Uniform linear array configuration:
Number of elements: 24
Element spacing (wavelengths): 0.75
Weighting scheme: binomial
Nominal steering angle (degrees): -15
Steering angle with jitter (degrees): -15.473
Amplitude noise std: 0.05
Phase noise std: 0.05

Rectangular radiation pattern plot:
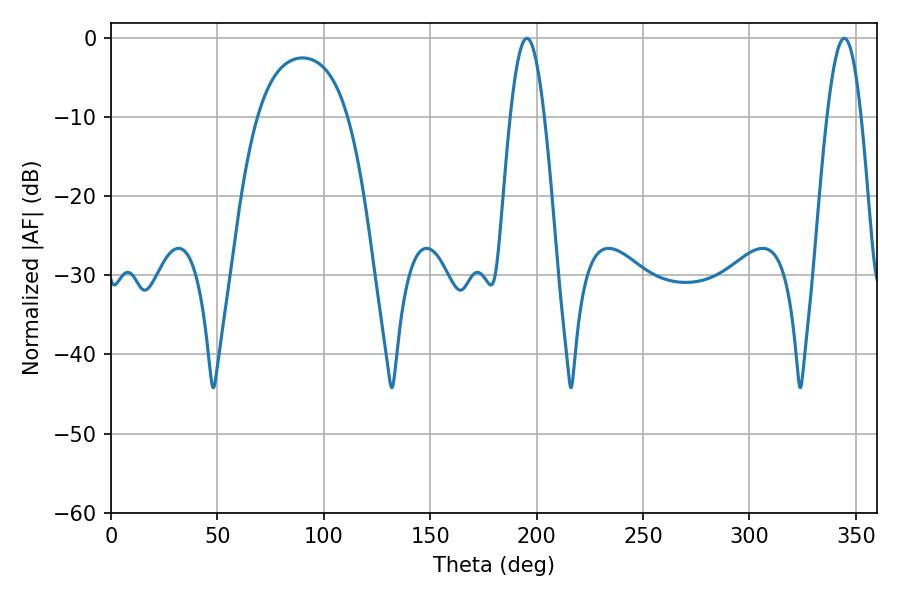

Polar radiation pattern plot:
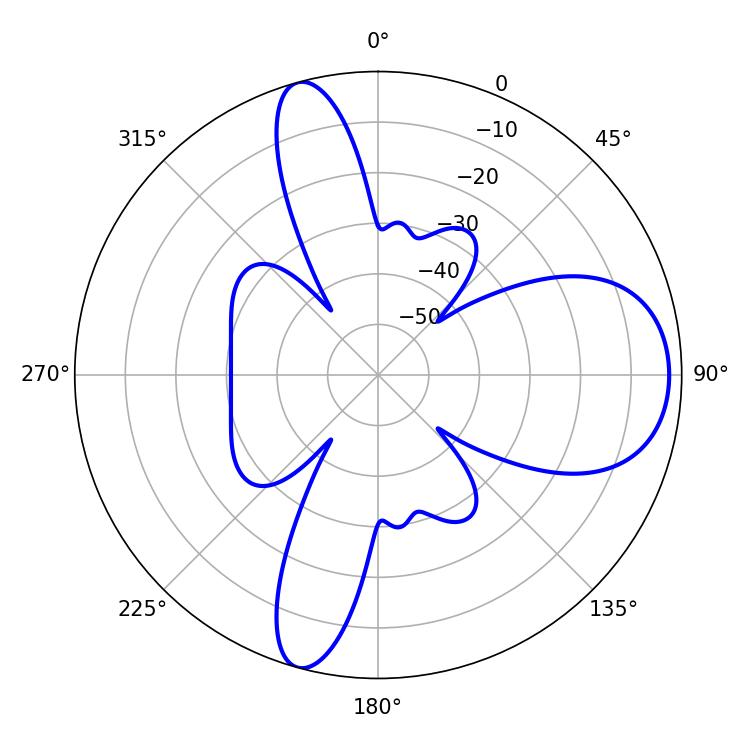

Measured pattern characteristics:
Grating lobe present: TRUE
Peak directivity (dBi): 10.021
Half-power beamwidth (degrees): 8.64
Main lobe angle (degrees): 195.48